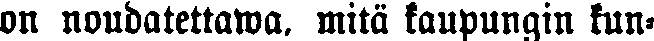
on noudatettawa, mitä kaupungin kun-